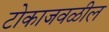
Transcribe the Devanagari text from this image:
टोकाजवळील